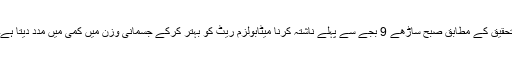
تحقیق کے مطابق صبح ساڑھے 9 بجے سے پہلے ناشتہ کرنا میٹابولزم ریٹ کو بہتر کرکے جسمانی وزن میں کمی میں مدد دیتا ہے۔